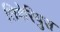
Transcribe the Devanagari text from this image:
तिबेरियुस